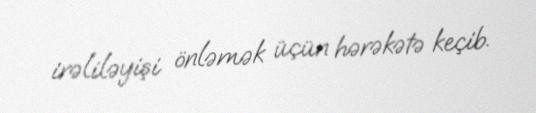
irəliləyişi önləmək üçün hərəkətə keçib.